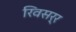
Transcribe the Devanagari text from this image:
रिवसर्र